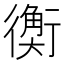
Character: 𧗾